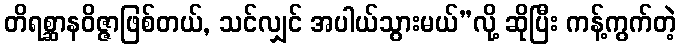
တိရစ္ဆာနဝိဇ္ဇာဖြစ်တယ်, သင်လျှင် အပါယ်သွားမယ်”လို့ ဆိုပြီး ကန့်ကွက်တဲ့